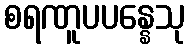
စရဏူပပန္နေသု